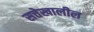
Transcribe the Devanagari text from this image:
सत्तेखालील